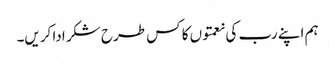
ہم اپنے رب کی نعمتوں کا کس طرح شکر ادا کریں۔